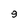
Character: 9